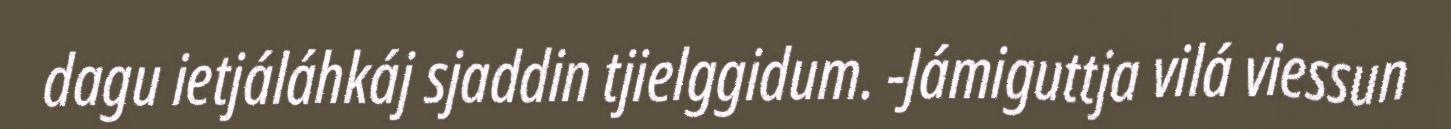
dagu ietjáláhkáj sjaddin tjielggidum. -Jámiguttja vilá viessun